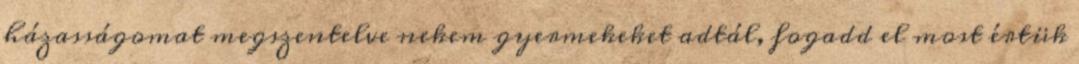
házasságomat megszentelve nekem gyermekeket adtál, fogadd el most értük